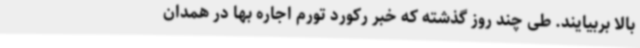
بالا بربیایند. طی چند روز گذشته که خبر رکورد تورم اجاره بها در همدان